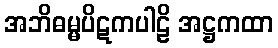
အဘိဓမ္မပိဋကပါဠိ အဋ္ဌကထာ